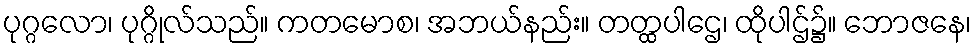
ပုဂ္ဂလော၊ ပုဂ္ဂိုလ်သည်။ ကတမောစ၊ အဘယ်နည်း။ တတ္ထပါဌေ၊ ထိုပါဌ်၌။ ဘောဇနေ၊